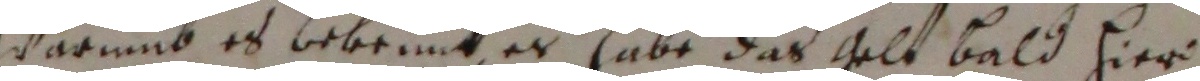
Warumb es bekrunk, es habe das gelt bald hier